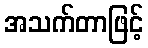
အသက်တာဖြင့်